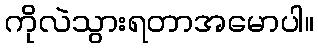
ကိုလဲသွားရတာအမောပါ။